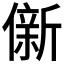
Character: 𫣩